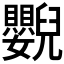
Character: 𦦿